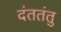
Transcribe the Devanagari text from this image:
दंततंतु